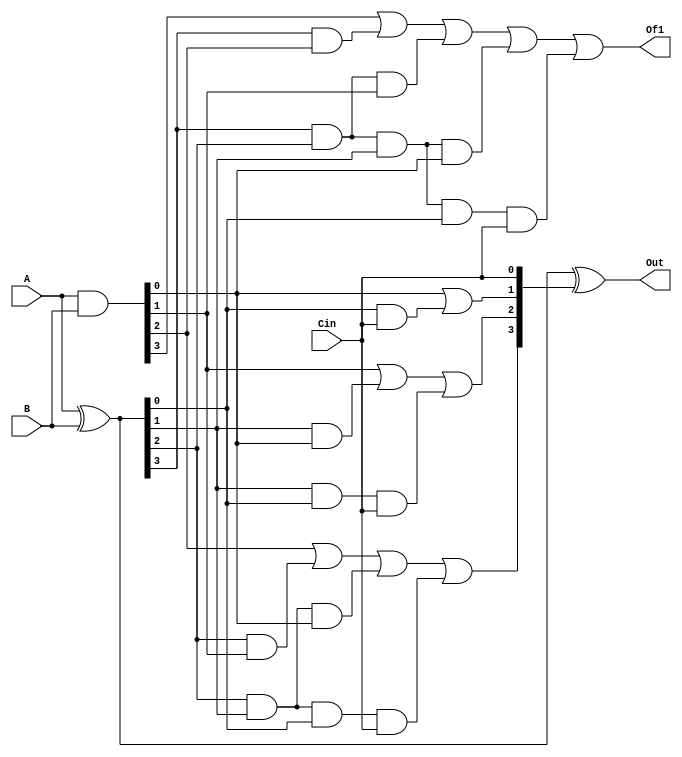
////////////////////////////////////////////////////////
//4-bit Carry Look Ahead Adder 
////////////////////////////////////////////////////////
 
module CLA_4Adder(A,B, Cin, Out,Of1);
input [3:0] A,B;
input Cin;
output [3:0] Out;
output Of1;
 
wire [3:0] p,g,c;
 
assign p=A^B;//propagate
assign g=A&B; //generate
 
//carry=gi + Pi.ci
// Fundamental carry operations of a CLA
assign c[0]=Cin;
assign c[1]= g[0]|(p[0]&c[0]);
assign c[2]= g[1] | (p[1]&g[0]) | p[1]&p[0]&c[0];
assign c[3]= g[2] | (p[2]&g[1]) | p[2]&p[1]&g[0] | p[2]&p[1]&p[0]&c[0];
assign Of1= g[3] | (p[3]&g[2]) | p[3]&p[2]&g[1] | p[3]&p[2]&p[1]&g[0] | p[3]&p[2]&p[1]&p[0]&c[0];
assign Out=p^c;
 
endmodule